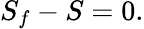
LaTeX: S_{f}-S=0.